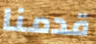
قدمنا